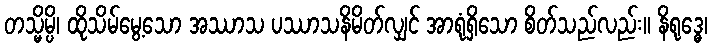
တသ္မိမ္ပိ၊ ထိုသိမ်မွေ့သော အဿာသ ပဿာသနိမိတ်လျှင် အာရုံရှိသော စိတ်သည်လည်း။ နိရုဒ္ဓေ၊